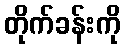
တိုက်ခန်းကို